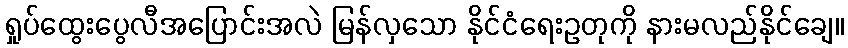
ရှုပ်ထွေးပွေလီအပြောင်းအလဲ မြန်လှသော နိုင်ငံရေးဥတုကို နားမလည်နိုင်ချေ။